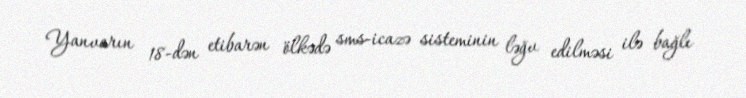
Yanvarın 18-dən etibarən ölkədə sms-icazə sisteminin ləğv edilməsi ilə bağlı